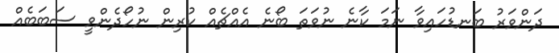
ދަންވަރު ބަނޑުހައިވާ ނަމަ ކާނެ ނުވަތަ ބޯނެ އެއްޗެއް ކުރިން ނުހޯދެންވީ ސަބަބެއް